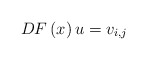
\begin{align*}DF\left( x\right) u=v_{i,j} \end{align*}